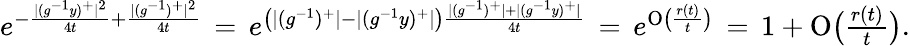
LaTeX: \begin{array}{r}{e^{-\frac{|(g^{-1}y)^{+}|^{2}}{4t}+\frac{|(g^{-1})^{+}|^{2}}{4t}}\, =\, e^{\left(|(g^{-1})^{+}|-|(g^{-1}y)^{+}|\right)\frac{|(g^{-1})^{+}|+|(g^{-1}y)^{+}|}{4t}}\, =\, e^{\mathrm{O}\big(\frac{r(t)}{t}\big)}\, =\, 1+\mathrm{O}\big(\frac{r(t)}{t}\big).}\end{array}